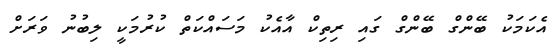
އެކަމަކު ބޭންގް ބޭންގް ގައި ރިތިކް އާއެކު މަސައްކަތް ކުރުމަކީ ލިބުނު ވަރަށް